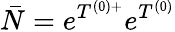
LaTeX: \bar{N}=e^{T^{(0)+}}e^{T^{(0)}}